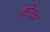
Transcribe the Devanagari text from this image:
कोटच